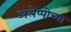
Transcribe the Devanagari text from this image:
अलेप्पोच्या